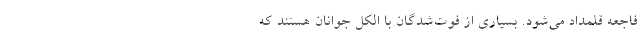
فاجعه قلمداد می‌شود. بسیاری از فوت‌شدگان با الکل جوانان هستند که